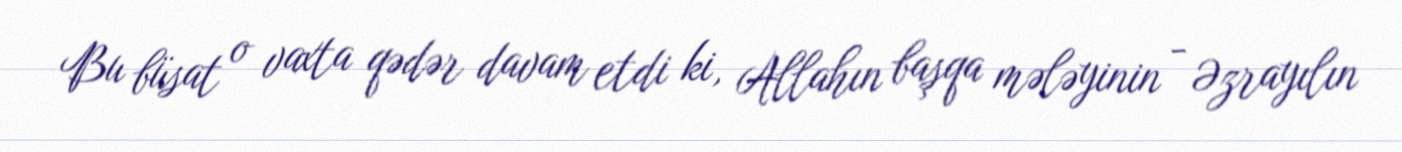
Bu büsat o vaxta qədər davam etdi ki, Allahın başqa mələyinin - Əzrayılın